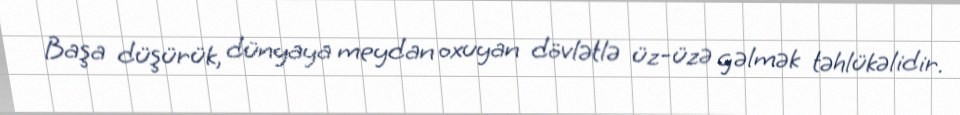
Başa düşürük, dünyaya meydan oxuyan dövlətlə üz-üzə gəlmək təhlükəlidir.